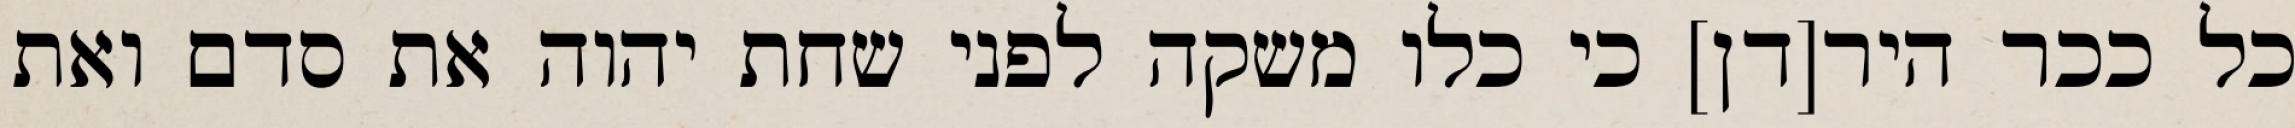
כל ככר היר[דן] כי כלו משקה לפני שחת יהוה את סדם ואת